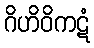
ဂိဟိဝိကဋံ